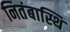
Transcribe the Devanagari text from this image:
नितंबास्थि